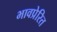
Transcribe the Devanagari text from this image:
भावप्रेरित